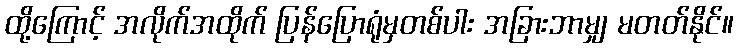
ထို့ကြောင့် အလိုက်အထိုက် ပြန်ပြောရုံမှတစ်ပါး အခြားဘာမျှ မတတ်နိုင်။